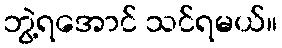
ဘွဲ့ရအောင် သင်ရမယ်။